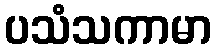
ပသံသကာမာ